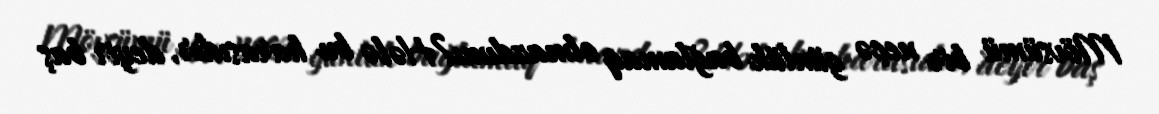
Mövsümü bir neçə günlük bağlamaq olmazdımı?Hələ bu harasıdır, deyir baş